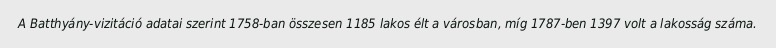
A Batthyány-vizitáció adatai szerint 1758-ban összesen 1185 lakos élt a városban, míg 1787-ben 1397 volt a lakosság száma.